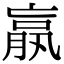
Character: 𦝠